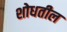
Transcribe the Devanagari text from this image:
शोधतील